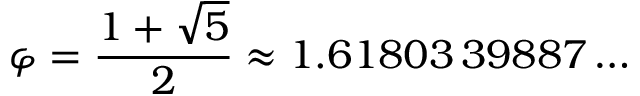
\varphi = { \frac { 1 + { \sqrt { 5 } } } { 2 } } \approx 1 . 6 1 8 0 3 \, 3 9 8 8 7 \ldots